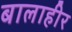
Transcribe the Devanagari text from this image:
बालाहीर